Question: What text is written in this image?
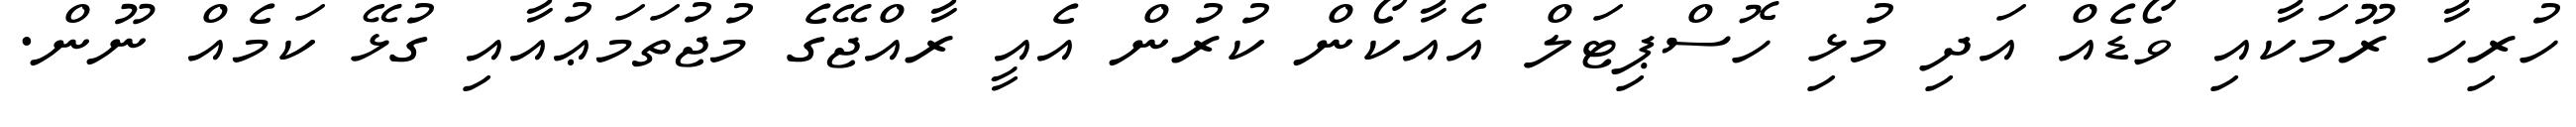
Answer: ހުރިހާ ރޫމަކާއި ވޯޑެއް އަދި މުޅި ހޮސްޕިޓަލް އެއާކޯން ކުރުން އެއީ ރާއްޖޭގެ މުޖުތަމަޢުއާއި ގުޅޭ ކަމެއް ނޫން.